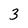
Character: 3